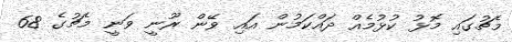
މެޗުގައި މޮޅު ކުޅުމެއް ދައްކަމުން އައި ވޭން ރޫނީ ވަނީ މެޗުގެ 68